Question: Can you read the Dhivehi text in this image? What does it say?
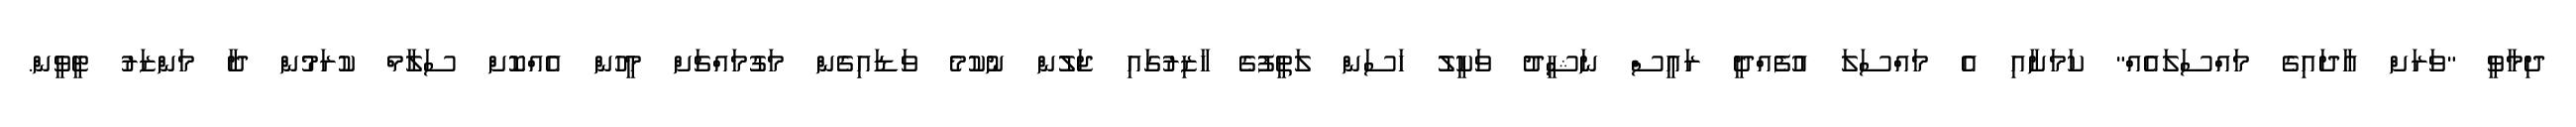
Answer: ދިމާވީ "ވަރަށް އާދައިގެ މައްސަލައެއް" ކަމަށާއި އެ މައްސަލަ އުފެއްދީ ރައީސް ނަޝީދު ވަކީލު ހަސަން ލަތީފުގެ ހާޒިރުގައި ޖަލުން ނުކުމެ ވަޑައިގެން މަގުމައްޗަށް މީހުން އެއްކޮށް ސަލާމް ކުރަމުން ދާ މަންޒަރު ޓީވީން.